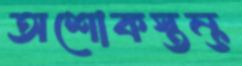
অশোকস্তম্ভ